Vaccine operations Central Provinces 1868-1885 - 1868-1885
Year: 1868
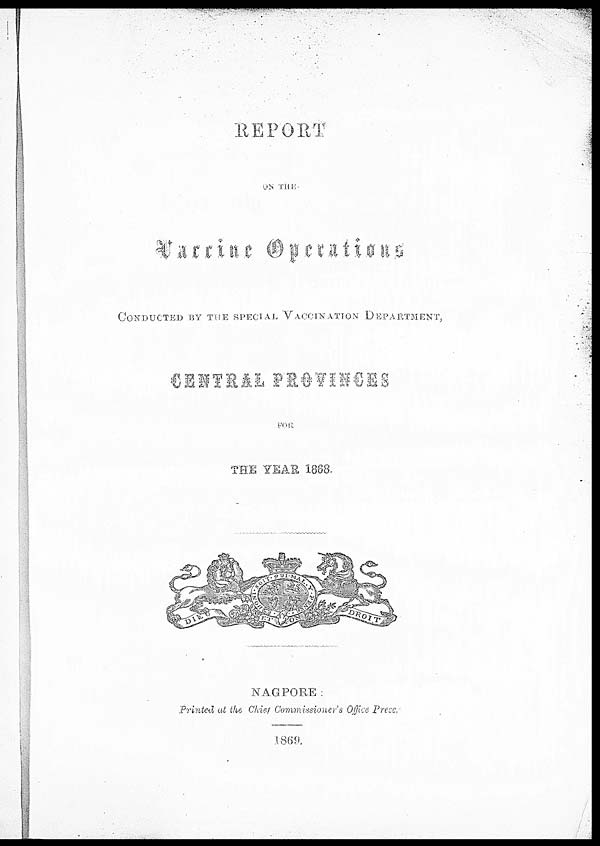
REPORT
ON THE
Vaccine Operations
CONDUCTED BY THE SPECIAL VACCINATION DEPARTMENT,
CENTRAL PROVINCES
FOR
THE YEAR 1888.
NAGPORE:
Printed at the Chief Commissioner's Office Press,
1869.